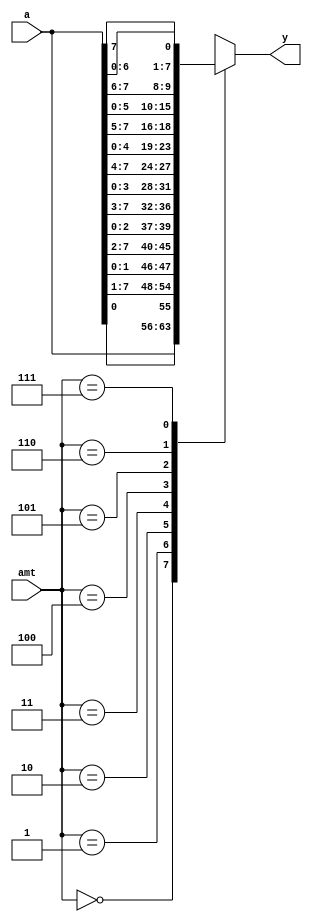
`timescale 1ns / 1ps
//////////////////////////////////////////////////////////////////////////////////
// Company: 
// Engineer: 
// 
// Design Name: 
// Module Name:    left_shister_reverse 
// Project Name: 
// Target Devices: 
// Tool versions: 
// Description: 
//
// Dependencies: 
//
// Revision: 
// Revision 0.01 - File Created
// Additional Comments: 
//
//////////////////////////////////////////////////////////////////////////////////
module left_shister_reverse(
	  input wire [0:7] a,
     input wire [2:0] amt,
     output  reg [0:7] y
    );
	
		wire [7:0] ra;
      assign ra = {a[0],a[1],a[2],a[3],a[4],a[5],a[6],a[7]}; // can be done with a loop
		//assign amount = 4'b1000-amt;
   // body
 always @*
      case(amt)
         3'b000: y = ra;
         3'b001: y = {ra[0], ra[7:1]};
         3'b010: y = {ra[1:0], ra[7:2]};
         3'b011: y = {ra[2:0], ra[7:3]};
         3'b100: y = {ra[3:0], ra[7:4]}; 
         3'b101: y = {ra[4:0], ra[7:5]};
         3'b110: y = {ra[5:0], ra[7:6]};
			3'b111: y = {ra[6:0], ra[7]};
      endcase
endmodule